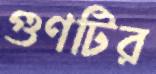
গুণটির